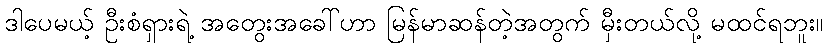
ဒါပေမယ့် ဦးစံရှားရဲ့ အတွေးအခေါ်ဟာ မြန်မာဆန်တဲ့အတွက် မှီးတယ်လို့ မထင်ရဘူး။